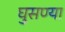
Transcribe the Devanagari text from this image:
घुसण्या